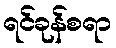
ရင်ခုန်စရာ